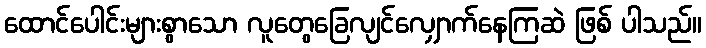
ထောင်ပေါင်းများစွာသော လူတွေခြေလျင်လျှောက်နေကြဆဲ ဖြစ် ပါသည်။